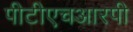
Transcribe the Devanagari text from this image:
पीटीएचआरपी